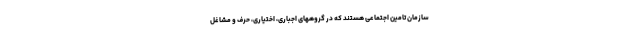
سازمان تامین اجتماعی هستند که در گروههای اجباری، اختیاری، حرف و مشاغل